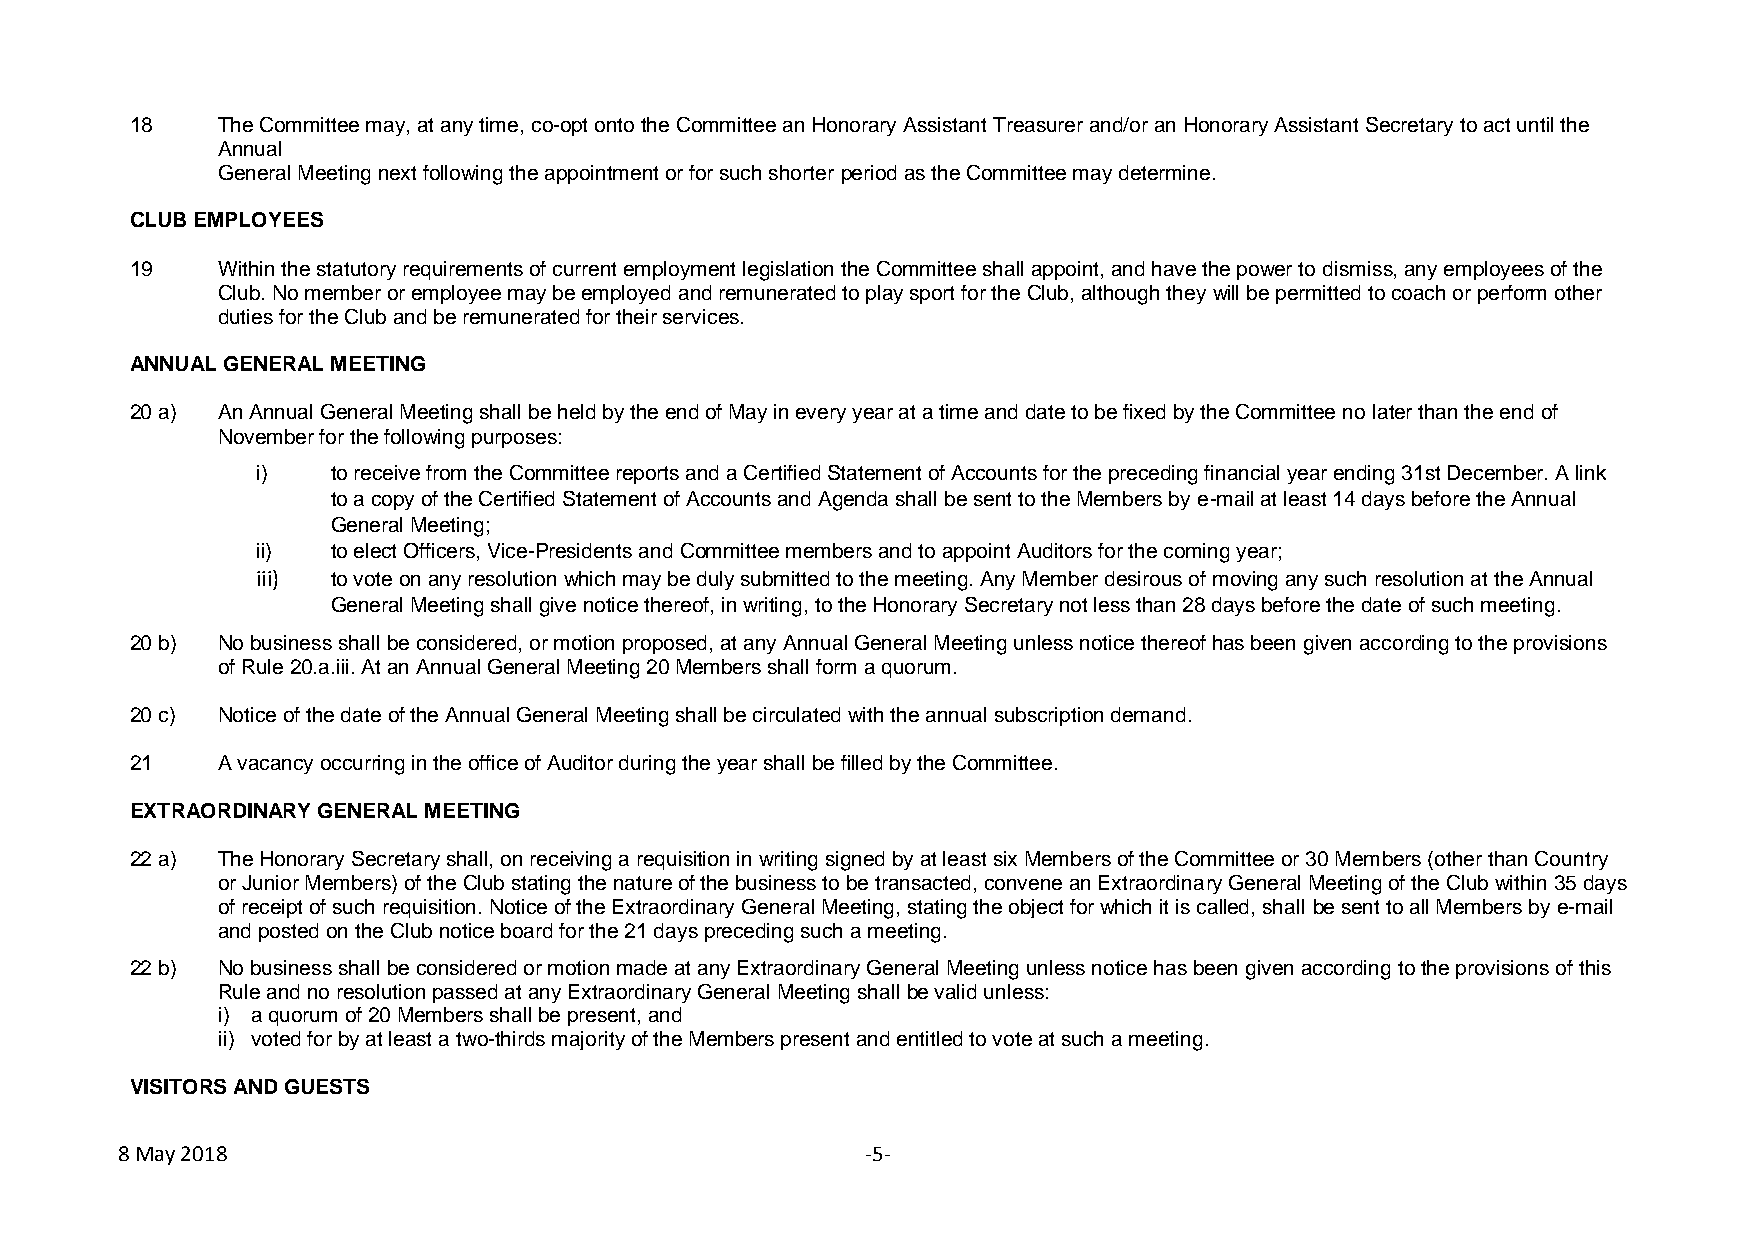
18   The Committee may, at any time, co-opt onto the Committee an Honorary Assistant Treasurer and/or an Honorary Assistant Secretary to act until the
 Annual
 General Meeting next following the appointment or for such shorter period as the Committee may determine.
 CLUB EMPLOYEES
 19   Within the statutory requirements of current employment legislation the Committee shall appoint, and have the power to dismiss, any employees of the
 Club. No member or employee may be employed and remunerated to play sport for the Club, although they will be permitted to coach or perform other
 duties for the Club and be remunerated for their services.
 ANNUAL GENERAL MEETING
 20 a) An Annual General Meeting shall be held by the end of May in every year at a time and date to be fixed by the Committee no later than the end of
 November for the following purposes:
 i)   to receive from the Committee reports and a Certified Statement of Accounts for the preceding financial year ending 31st December. A link
 to a copy of the Certified Statement of Accounts and Agenda shall be sent to the Members by e-mail at least 14 days before the Annual
 General Meeting;
 ii)  to elect Officers, Vice-Presidents and Committee members and to appoint Auditors for the coming year;
 iii) to vote on any resolution which may be duly submitted to the meeting. Any Member desirous of moving any such resolution at the Annual
 General Meeting shall give notice thereof, in writing, to the Honorary Secretary not less than 28 days before the date of such meeting.
 20 b) No business shall be considered, or motion proposed, at any Annual General Meeting unless notice thereof has been given according to the provisions
 of Rule 20.a.iii. At an Annual General Meeting 20 Members shall form a quorum.
 20 c) Notice of the date of the Annual General Meeting shall be circulated with the annual subscription demand.
 21   A vacancy occurring in the office of Auditor during the year shall be filled by the Committee.
 EXTRAORDINARY GENERAL MEETING
 22 a) The Honorary Secretary shall, on receiving a requisition in writing signed by at least six Members of the Committee or 30 Members (other than Country
 or Junior Members) of the Club stating the nature of the business to be transacted, convene an Extraordinary General Meeting of the Club within 35 days
 of receipt of such requisition. Notice of the Extraordinary General Meeting, stating the object for which it is called, shall be sent to all Members by e-mail
 and posted on the Club notice board for the 21 days preceding such a meeting.
 22 b) No business shall be considered or motion made at any Extraordinary General Meeting unless notice has been given according to the provisions of this
 Rule and no resolution passed at any Extraordinary General Meeting shall be valid unless:
 i) a quorum of 20 Members shall be present, and
 ii) voted for by at least a two-thirds majority of the Members present and entitled to vote at such a meeting.
 VISITORS AND GUESTS
 8 May 2018                                       -5-